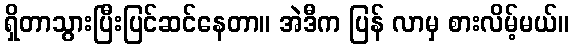
ရှိတာသွားပြီးပြင်ဆင်နေတာ။ အဲဒီက ပြန် လာမှ စားလိမ့်မယ်။